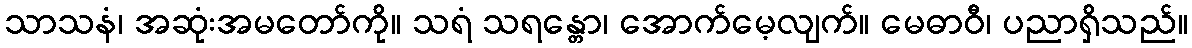
သာသနံ၊ အဆုံးအမတော်ကို။ သရံ သရန္တော၊ အောက်မေ့လျက်။ မေဓာဝီ၊ ပညာရှိသည်။